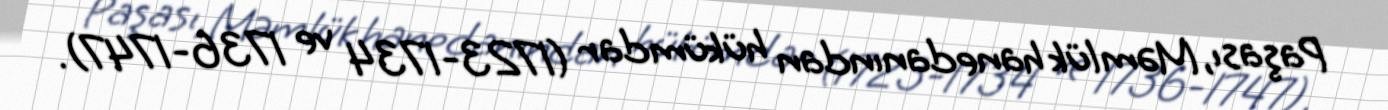
Paşası, Məmlük hanedanından hükümdar (1723-1734 ve 1736-1747).